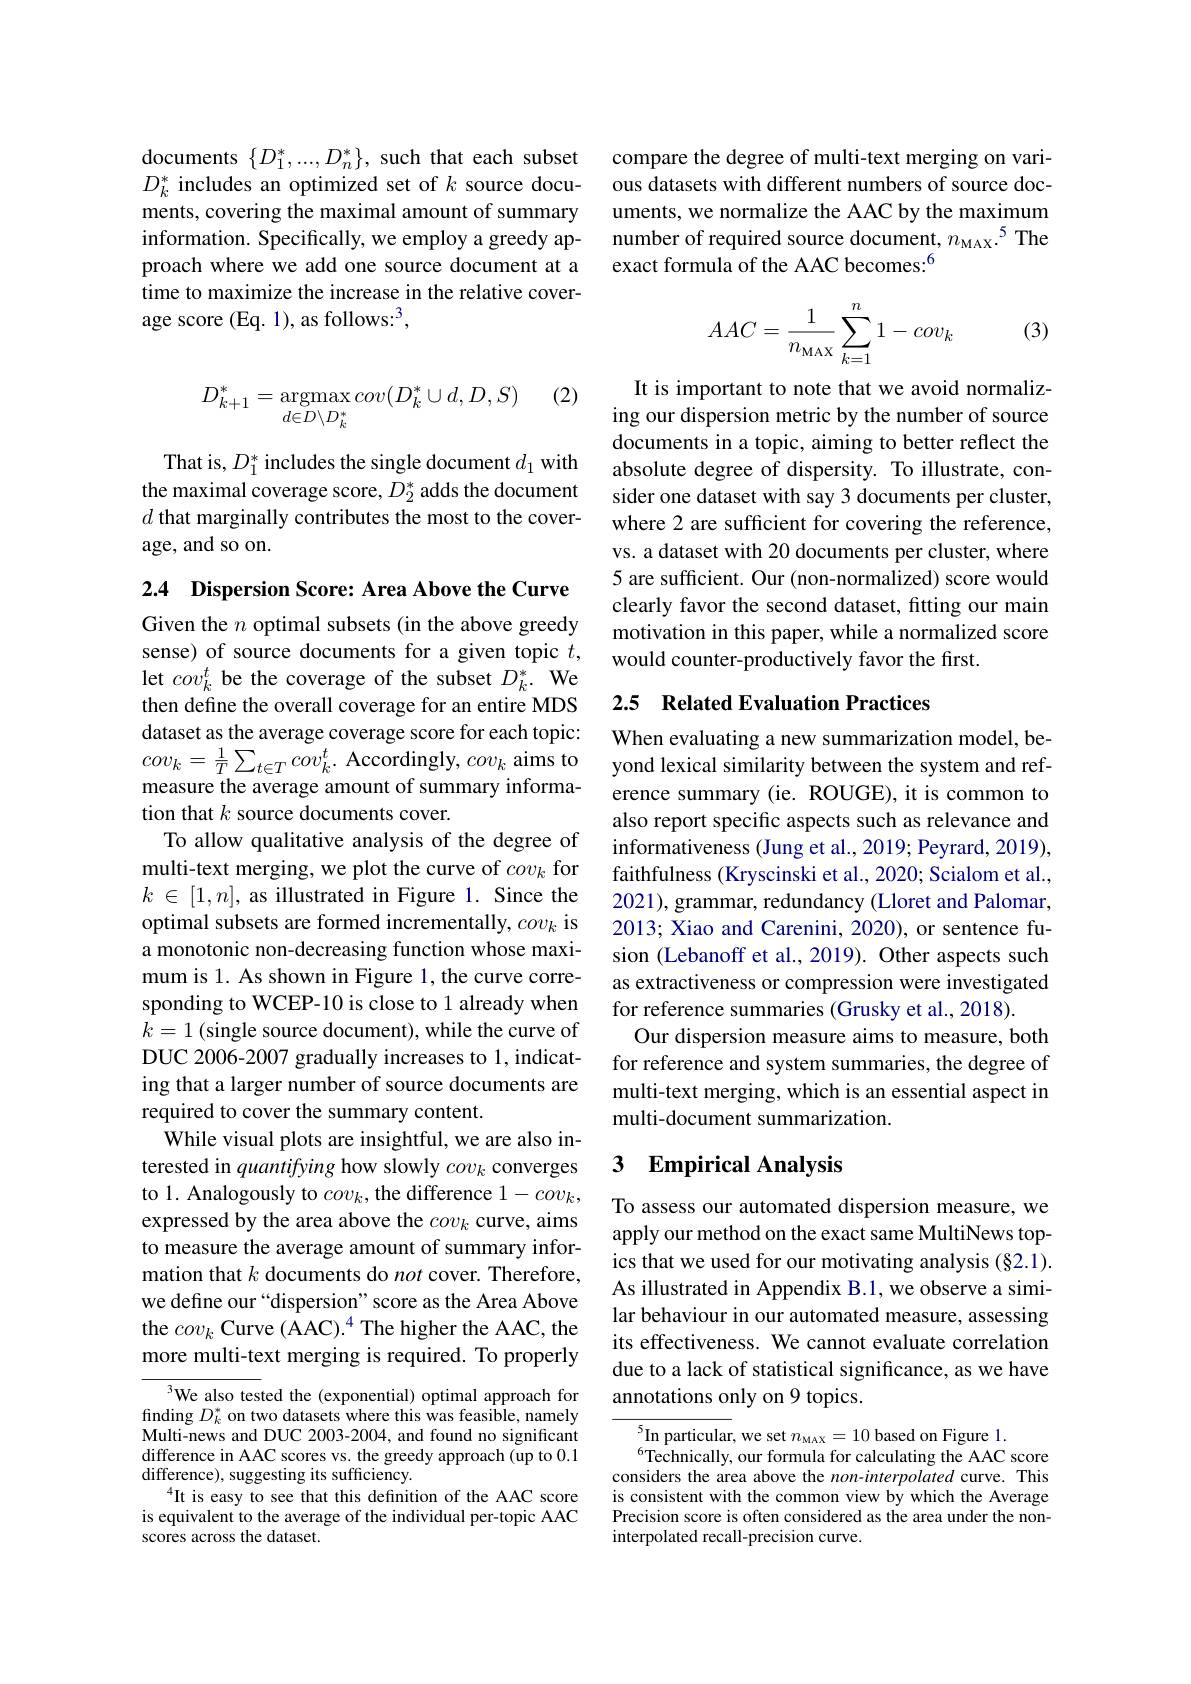
documents $\{D_1^*,...,D_n^*\}$, such that each subset $D_k^*$ includes an optimized set of $k$ source documents, covering the maximal amount of summary information. Specifically, we employ a greedy approach where we add one source document at a time to maximize the increase in the relative coverage score (Eq. 1), as follows:$^3$,

(2)
$$D_{k+1}^*=\underset{d\in D\setminus D_k^*}{\operatorname*{argmax}}cov(D_k^*\cup d,D,S)$$
That is, $D_1^*$ includes the single document $d_1$ with the maximal coverage score, $D_2^*$ adds the document $d$ that marginally contributes the most to the coverage, and so on.

2.4 Dispersion Score: Area Above the Curve Given the $n$ optimal subsets (in the above greedy sense) of source documents for a given topic $t$, let $cov_k^t$ be the coverage of the subset $D_k^*.$ We then define the overall coverage for an entire MDS dataset as the average coverage score for each topic: measure the average amount of summary information that $k$ source documents cover.
To allow qualitative analysis of the degree of multi-text merging, we plot the curve of $cov_k$ for $k\in[1,n]$, as illustrated in Figure 1. Since the optimal subsets are formed incrementally, $cov_k$ is a monotonic non-decreasing function whose maximum is 1. As shown in Figure 1, the curve corresponding to WCEP-10 is close to 1 already when $k=1$ (single source document), while the curve of DUC 2006-2007 gradually increases to 1, indicating that a larger number of source documents are required to cover the summary content.
While visual plots are insightful, we are also interested in quantifying how slowly $cov_k$ converges to 1. Analogously to $cov_k$, the difference 1-cov$_k$, expressed by the area above the $cov_k$ curve, aims to measure the average amount of summary information that $k$ documents do not cover. Therefore, we define our “dispersion”score as the Area Above the $cov_k$ Curve (AAC).$^4$ The higher the AAC, the more multi-text merging is required. To properly
${^{3}\text{We also tested the (exponential) optimal approach for}}$

finding $D_k^*$ on two datasets where this was feasible, namely Multi-news and DUC 2003-2004, and found no significant difference in AAC scores vs. the greedy approach (up to 0.1 difference), suggesting its sufficiency.
$^{4}$It is easy to see that this definition of the AAC score is equivalent to the average of the individual per-topic AAC scores across the dataset.

compare the degree of multi-text merging on various datasets with different numbers of source documents, we normalize the AAC by the maximum number of required source document, $n_\mathrm{MAX}.^{5}$ The exact formula of the AAC becomes:$^{6}$

(3)
$$AAC=\dfrac{1}{n_\text{MAX}}\sum_{k=1}^n1-cov_k$$
It is important to note that we avoid normalizing our dispersion metric by the number of source documents in a topic, aiming to better reflect the absolute degree of dispersity. To illustrate, consider one dataset with say 3 documents per cluster, where 2 are sufficient for covering the reference, vs. a dataset with 20 documents per cluster, where 5 are sufficient. Our (non-normalized) score would clearly favor the second dataset, fitting our main motivation in this paper, while a normalized score would counter-productively favor the first.

## 2.5 Related Evaluation Practices

When evaluating a new summarization model, be-
$cov_k=\frac1T\sum_{t\in T}cov_k^t.$ Accordingly, $cov_k$ aims to yond lexical similarity between the system and ref-
erence summary (ie. ROUGE), it is common to also report specific aspects such as relevance and informativeness (Jung et al., 2019; Peyrard, 2019), faithfulness (Kryscinski et al., 2020; Scialom et al., 2021), grammar, redundancy (Lloret and Palomar, 2013; Xiao and Carenini, 2020), or sentence fusion (Lebanoff et al., 2019). Other aspects such as extractiveness or compression were investigated for reference summaries (Grusky et al., 2018).
Our dispersion measure aims to measure, both for reference and system summaries, the degree of multi-text merging, which is an essential aspect in multi-document summarization.

## 3 $\textbf{Empirical Analysis}$

To assess our automated dispersion measure, we apply our method on the exact same MultiNews topics that we used for our motivating analysis (§2.1). As illustrated in Appendix B.1, we observe a similar behaviour in our automated measure, assessing its effectiveness. We cannot evaluate correlation due to a lack of statistical significance, as we have annotations only on 9 topics.

$^{5}$In particular, we set $n_\mathrm{MAX}=10$ based on Figure 1.6Technically, our formula for calculating the AAC score considers the area above the non-interpolated curve. This is consistent with the common view by which the Average Precision score is often considered as the area under the noninterpolated recall-precision curve.